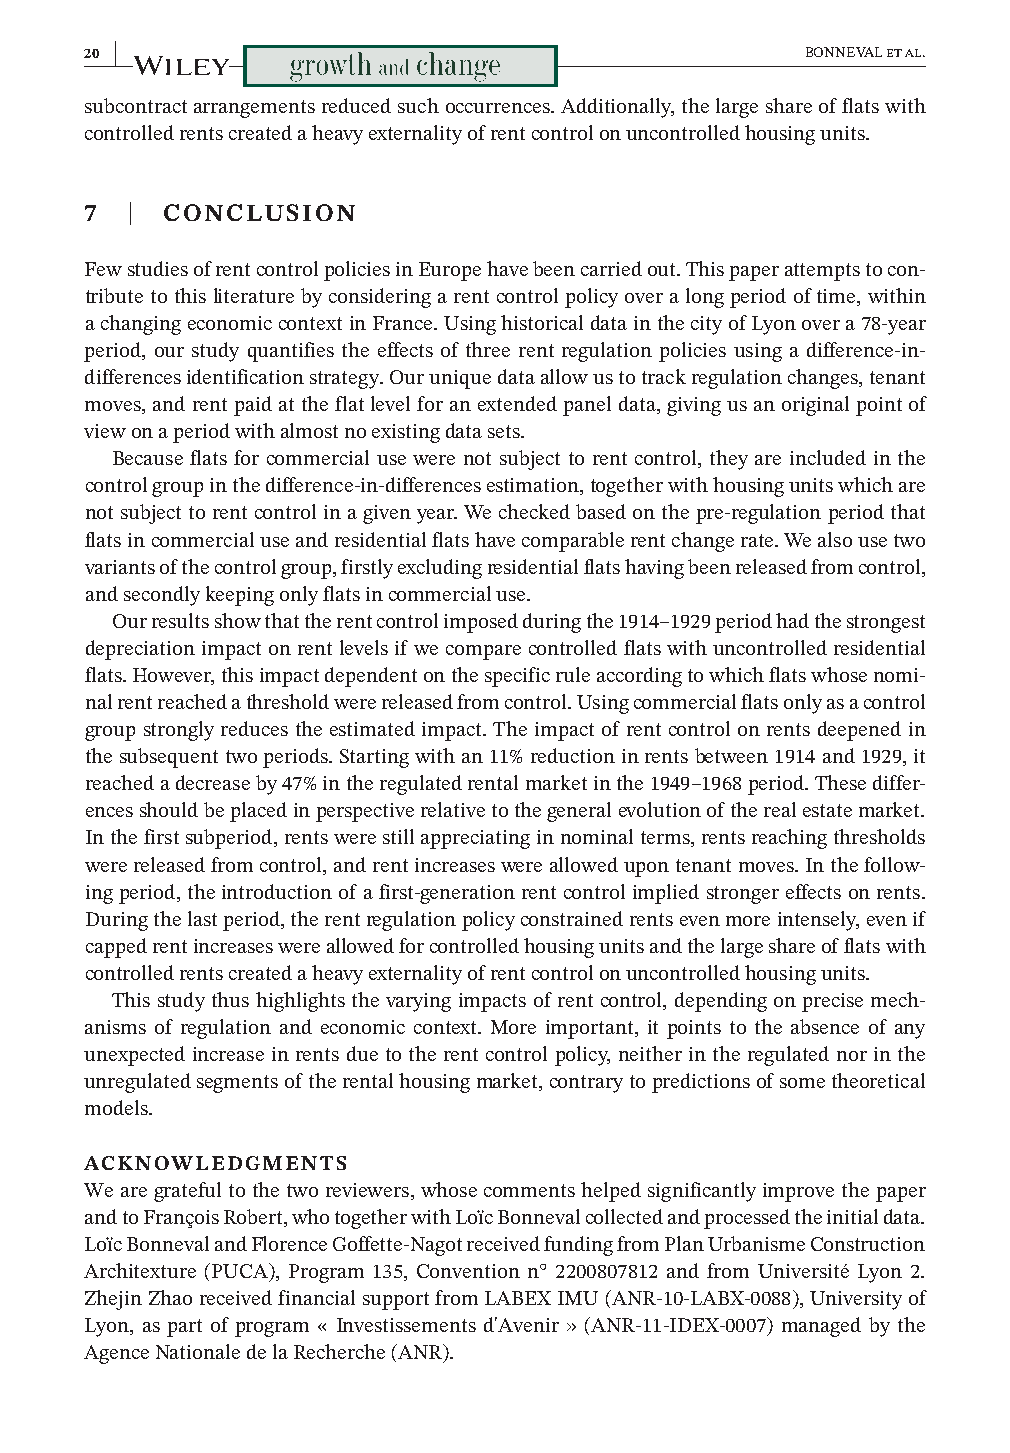
20 |                                           BONNEVAL et al.
 subcontract arrangements reduced such occurrences. Additionally, the large share of flats with
 controlled rents created a heavy externality of rent control on uncontrolled housing units.
 7 |  CONCLUSION
 Few studies of rent control policies in Europe have been carried out. This paper attempts to con-
 tribute to this literature by considering a rent control policy over a long period of time, within
 a changing economic context in France. Using historical data in the city of Lyon over a 78- year
 period, our study quantifies the effects of three rent regulation policies using a difference-i n-
 differences identification strategy. Our unique data allow us to track regulation changes, tenant
 moves, and rent paid at the flat level for an extended panel data, giving us an original point of
 view on a period with almost no existing data sets.
 Because flats for commercial use were not subject to rent control, they are included in the
 control group in the difference- in- differences estimation, together with housing units which are
 not subject to rent control in a given year. We checked based on the pre- regulation period that
 flats in commercial use and residential flats have comparable rent change rate. We also use two
 variants of the control group, firstly excluding residential flats having been released from control,
 and secondly keeping only flats in commercial use.
 Our results show that the rent control imposed during the 1914– 1929 period had the strongest
 depreciation impact on rent levels if we compare controlled flats with uncontrolled residential
 flats. However, this impact dependent on the specific rule according to which flats whose nomi-
 nal rent reached a threshold were released from control. Using commercial flats only as a control
 group strongly reduces the estimated impact. The impact of rent control on rents deepened in
 the subsequent two periods. Starting with an 11% reduction in rents between 1914 and 1929, it
 reached a decrease by 47% in the regulated rental market in the 1949– 1968 period. These differ-
 ences should be placed in perspective relative to the general evolution of the real estate market.
 In the first subperiod, rents were still appreciating in nominal terms, rents reaching thresholds
 were released from control, and rent increases were allowed upon tenant moves. In the follow-
 ing period, the introduction of a first- generation rent control implied stronger effects on rents.
 During the last period, the rent regulation policy constrained rents even more intensely, even if
 capped rent increases were allowed for controlled housing units and the large share of flats with
 controlled rents created a heavy externality of rent control on uncontrolled housing units.
 This study thus highlights the varying impacts of rent control, depending on precise mech-
 anisms of regulation and economic context. More important, it points to the absence of any
 unexpected increase in rents due to the rent control policy, neither in the regulated nor in the
 unregulated segments of the rental housing market, contrary to predictions of some theoretical
 models.
 ACKNOWLEDGMENTS
 We are grateful to the two reviewers, whose comments helped significantly improve the paper
 and to François Robert, who together with Loïc Bonneval collected and processed the initial data.
 Loïc Bonneval and Florence Goffette- Nagot received funding from Plan Urbanisme Construction
 Architexture (PUCA), Program 135, Convention n° 2200807812 and from Université Lyon 2.
 Zhejin Zhao received financial support from LABEX IMU (ANR- 10- LABX- 0088), University of
 Lyon, as part of program « Investissements d'Avenir » (ANR- 11- IDEX- 0007) managed by the
 Agence Nationale de la Recherche (ANR).